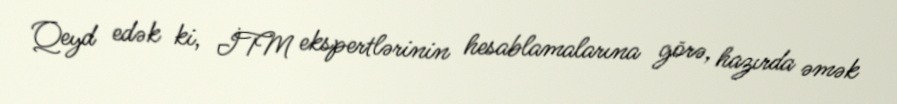
Qeyd edək ki, İTM ekspertlərinin hesablamalarına görə, hazırda əmək